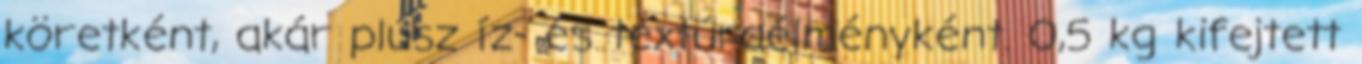
köretként, akár plusz íz- és textúraélményként. 0,5 kg kifejtett